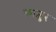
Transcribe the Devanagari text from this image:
काशुर